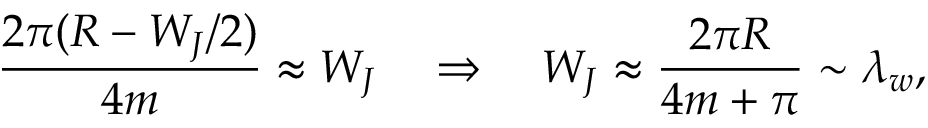
\frac { 2 \pi ( R - W _ { J } / 2 ) } { 4 m } \approx W _ { J } \quad \Rightarrow \quad W _ { J } \approx \frac { 2 \pi R } { 4 m + \pi } \sim \lambda _ { w } ,